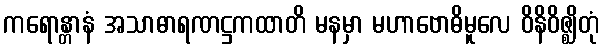
ကရောန္တာနံ အသာဓာရဏဋ္ဌကထာတိ မနမှာ မဟာဗောဓိမူလေ ဝိနိဝိဇ္ဈိတုံ